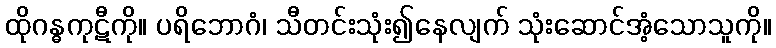
ထိုဂန္ဓကုဋီကို။ ပရိဘောဂံ၊ သီတင်းသုံး၍နေလျက် သုံးဆောင်အံ့သောသူကို။